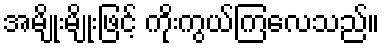
အမျိုးမျိုးဖြင့် ကိုးကွယ်ကြလေသည်။